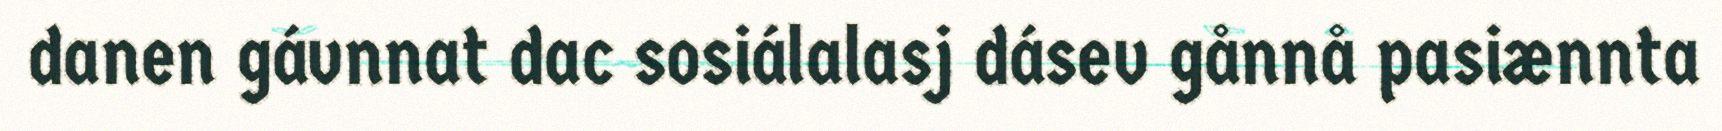
danen gávnnat dac sosiálalasj dásev gånnå pasiænnta